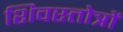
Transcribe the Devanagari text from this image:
शिवस्तोत्रों